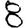
Digit: 8